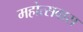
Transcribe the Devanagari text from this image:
महोत्सवास